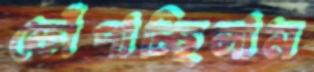
ফোঁপাচ্ছিলাম